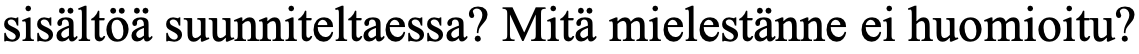
sisältöä suunniteltaessa? Mitä mielestänne ei huomioitu?